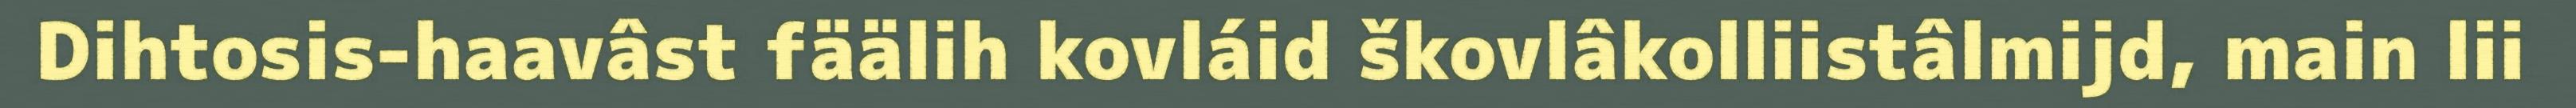
Dihtosis-haavâst fäälih kovláid škovlâkolliistâlmijd, main lii